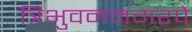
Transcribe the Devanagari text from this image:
त्रिभुवननगरपे